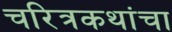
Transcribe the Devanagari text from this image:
चरित्रकथांचा